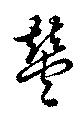
豐